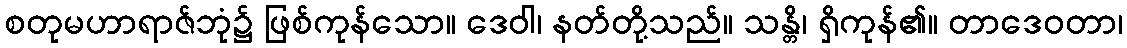
စတုမဟာရာဇ်ဘုံ၌ ဖြစ်ကုန်သော။ ဒေဝါ၊ နတ်တို့သည်။ သန္တိ၊ ရှိကုန်၏။ တာဒေဝတာ၊